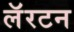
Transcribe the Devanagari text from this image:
लॅरटन